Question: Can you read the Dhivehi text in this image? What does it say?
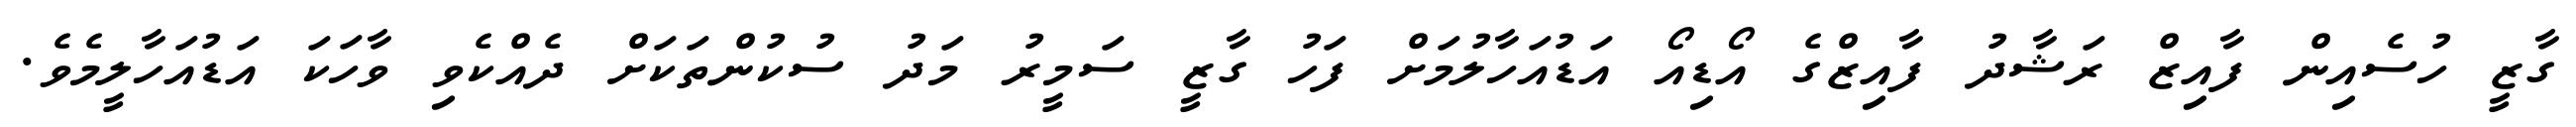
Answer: ގާޒީ ހުސެއިން ފާއިޒް ރަޝާދު ފާއިޒްގެ އޯޑިއޯ އަޑުއަހާލުމަށް ފަހު ގާޒީ ސަމީރު މަދު ސުކުންތަކަށް ދެއްކެވި ވާހަކަ އަޑުއަހާލީމެވެ.